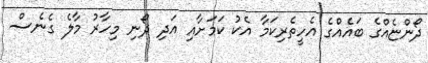
ދޯންޏެއްގެ ބައެއްގެ އެހީތެރިކަމާ އެކު ކަމަށާއި އަދި ދޯނި މިހާރު މާލެ ގެނެސް